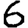
Digit: 6